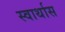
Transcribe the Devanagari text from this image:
स्वार्थास